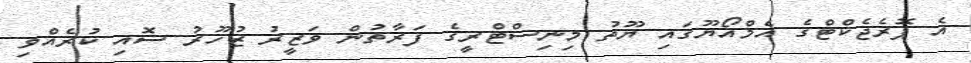
އެ ޕޮރެޖެކްޓްގެ އެމްއޯޔޫގައި ޔޫތު މިނިސްޓްރީގެ ފަރާތުން ވަޒީރު ޒުހޫރު ސޮއި ކުރެއްވި